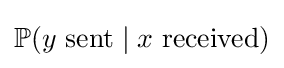
\mathbb {P} (y{\mbox{ sent}}\mid x{\mbox{ received}})